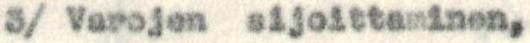
3/ Varojen sijoittaminen,